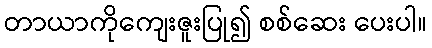
တာယာကိုကျေးဇူးပြု၍ စစ်ဆေး ပေးပါ။